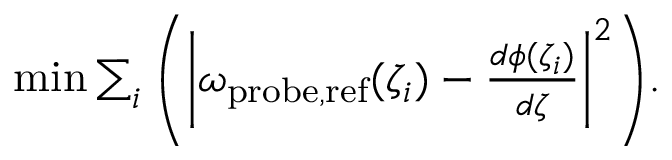
\begin{array} { r } { \operatorname* { m i n } { \sum _ { i } \left( \left| \omega _ { \mathrm { p r o b e , r e f } } ( \zeta _ { i } ) - \frac { d \phi ( \zeta _ { i } ) } { d \zeta } \right| ^ { 2 } \right) } . } \end{array}